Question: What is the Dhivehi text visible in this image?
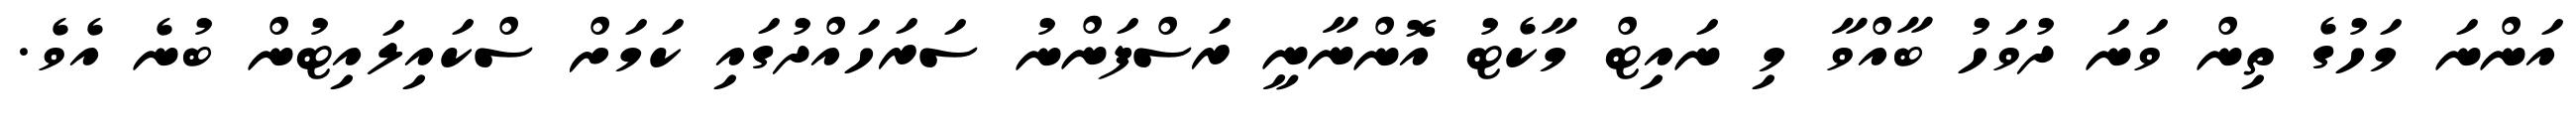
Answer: އަންނަ މަހުގެ ތިން ވަނަ ދުވަހު ބާއްވާ މި ނައިޓް މާކެޓު އޮންނާނީ ރަސްފަންނު ސަރަހައްދުގައި ކަމަށް ސްކައިލައިޓުން ބުނެ އެވެ.